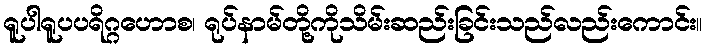
ရူပါရူပပရိဂ္ဂဟောစ၊ ရုပ်နာမ်တို့ကိုသိမ်းဆည်းခြင်းသည်လည်းကောင်း။